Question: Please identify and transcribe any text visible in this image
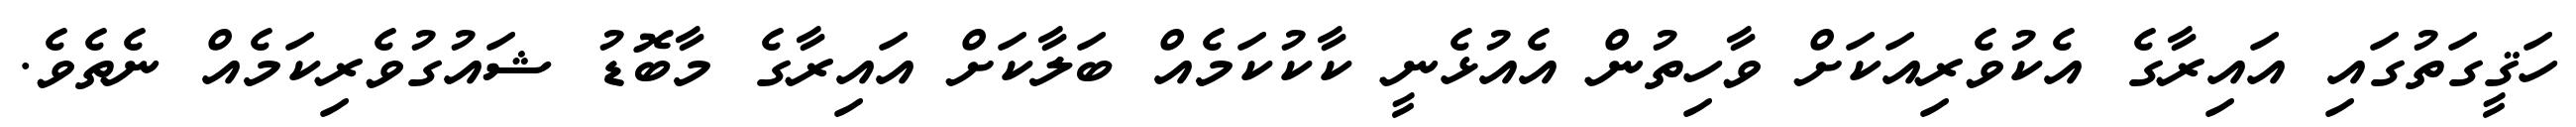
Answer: ހަޤީގަތުގައި އައިރާގެ އެކުވެރިއަކަށް ވާހިތުން އެއުޅެނީ ކާކުކަމެއް ބަލާކަށް އައިރާގެ މާބޮޑު ޝައުގުވެރިކަމެއް ނެތެވެ.